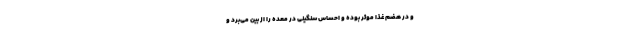
و در هضم غذا موثر بوده و احساس سنگینی در معده را از بین می‌برد و